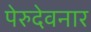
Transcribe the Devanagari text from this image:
पेरुदेवनार